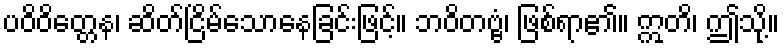
ပဝိဝိတ္တေန၊ ဆိတ်ငြိမ်သောနေခြင်းဖြင့်။ ဘဝိတဗ္ဗံ၊ ဖြစ်ရာ၏။ ဣတိ၊ ဤသို့။